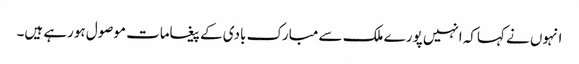
انہوں نے کہاکہ انہیں پورے ملک سے مبارک بادی کے پیغامات موصول ہورہے ہیں۔